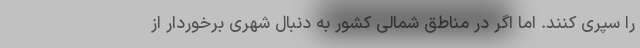
را سپری کنند. اما اگر در مناطق شمالی کشور به دنبال شهری برخوردار از